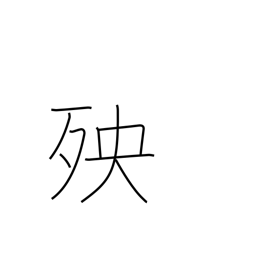
Meaning: calamity